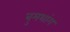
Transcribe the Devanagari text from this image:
बुमथांग